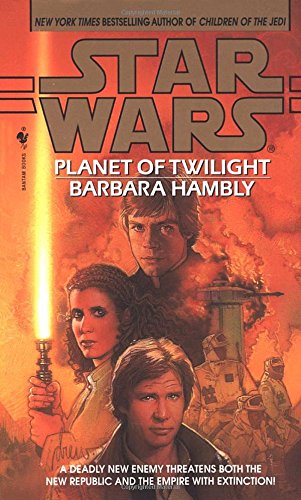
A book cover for Planet of Twilight (Star Wars); Barbara Hambly; Science Fiction & Fantasy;